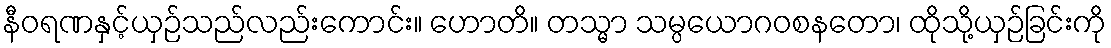
နီဝရဏနှင့်ယှဉ်သည်လည်းကောင်း။ ဟောတိ။ တသ္မာ သမ္ပယောဂဝစနတော၊ ထိုသို့ယှဉ်ခြင်းကို